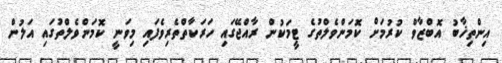
އިންތިޚާބު އޮބްޒާވް ކުރުމަށް ކޮމަންވެލްތުގެ ޓީމަކުން ރާއްޖޭގައި ހަރަކާތްތެރިވެފައި މިވަނީ ކޮމަންވެލްތުގައި އަލުން